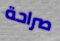
صراحة